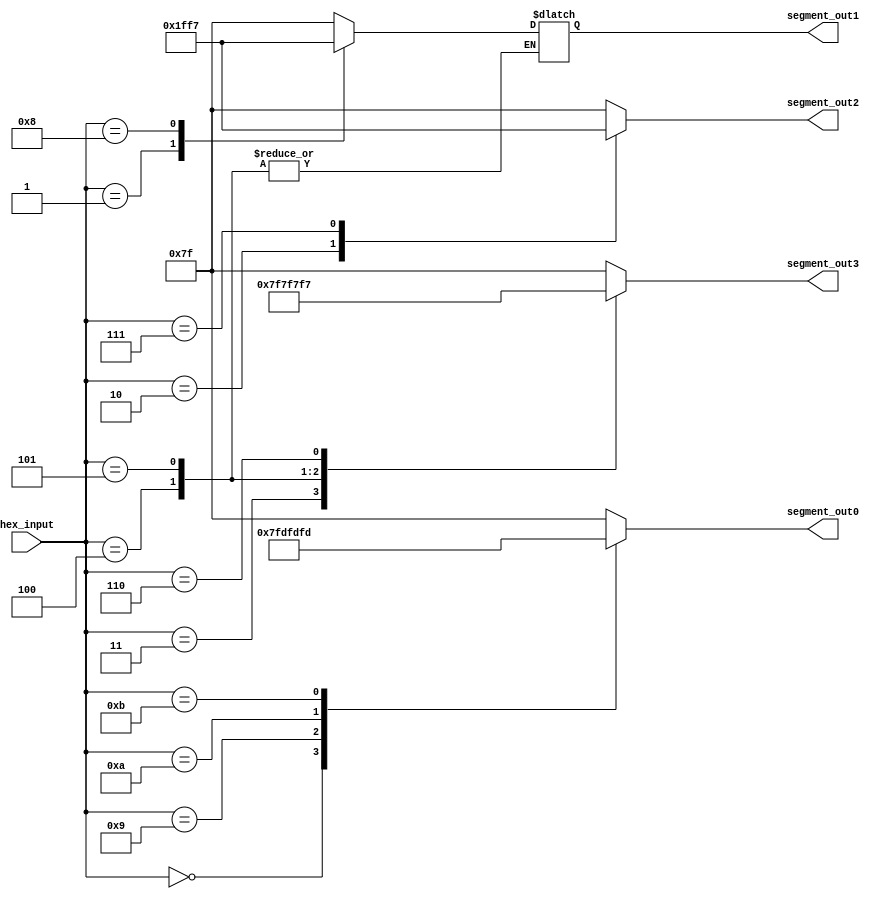
module decoder_rot
(input [3:0] hex_input,
output reg [0:6] segment_out0, segment_out1, segment_out2, segment_out3);

always @ (hex_input) begin
	case (hex_input)
		4'h0 : begin 
		segment_out0 =  7'b0111111; 
		segment_out1 =  7'b1111111;
		segment_out2 =  7'b1111111;
		segment_out3 =  7'b1111111;
		end
		4'h1 : begin 
		segment_out1 =  7'b0111111;
		segment_out0 =  7'b1111111;
		segment_out2 =  7'b1111111;
		segment_out3 =  7'b1111111;
		end
		4'h2 : begin
		segment_out2 =  7'b0111111;
		segment_out0 =  7'b1111111;
		segment_out1 =  7'b1111111;
		segment_out3 =  7'b1111111;
		end
		4'h3 : begin
		segment_out3 =  7'b0111111;
		segment_out0 =  7'b1111111;
		segment_out1 =  7'b1111111;
		segment_out2 =  7'b1111111;
		end
		4'h4 : begin
		segment_out3 =  7'b1011111;
		segment_out0 =  7'b1111111;
		segment_out2 =  7'b1111111;
		segment_out2 =  7'b1111111;
		end
		4'h5 : begin
		segment_out3 =  7'b1101111;
		segment_out0 =  7'b1111111;
		segment_out2 =  7'b1111111;
		segment_out2 =  7'b1111111;
		end
		4'h6 : begin
		segment_out3 =  7'b1110111;
		segment_out0 =  7'b1111111;
		segment_out2 =  7'b1111111;
		segment_out1 =  7'b1111111;
		end
		4'h7 : begin
		segment_out2 =  7'b1110111;
		segment_out0 =  7'b1111111;
		segment_out1 =  7'b1111111;
		segment_out3 =  7'b1111111;
		end
		4'h8 : begin
		segment_out1 =  7'b1110111;
		segment_out0 =  7'b1111111;
		segment_out2 =  7'b1111111;
		segment_out3 =  7'b1111111;
		end
		4'h9 :begin
		segment_out0 =  7'b1110111;
		segment_out1 =  7'b1111111;
		segment_out2 =  7'b1111111;
		segment_out3 =  7'b1111111;
		end
		4'hA :begin
		segment_out0 =  7'b1111011;
		segment_out1 =  7'b1111111;
		segment_out2 =  7'b1111111;
		segment_out3 =  7'b1111111;
		end
		4'hB :begin 
		segment_out0 =  7'b1111101;
		segment_out1 =  7'b1111111;
		segment_out2 =  7'b1111111;
		segment_out3 =  7'b1111111;
		end
		
	
	default : begin 
	segment_out0 = 7'b1111111;
	segment_out1 = 7'b1111111;
	segment_out2 = 7'b1111111;
	segment_out3 = 7'b1111111;
	end
	endcase
	end
	
endmodule